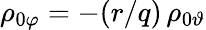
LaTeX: \rho_{0\varphi}=-(r/q)\, \rho_{0\vartheta}